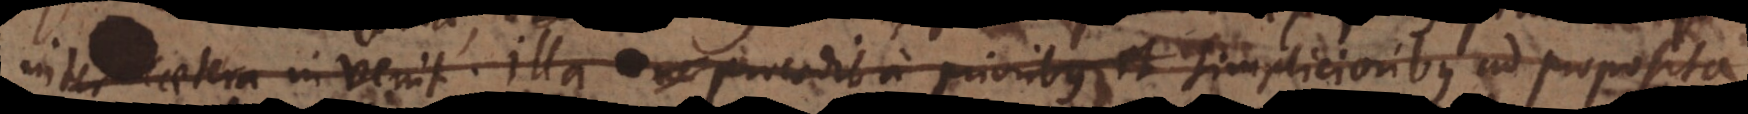
inter caetera invenit. Illa procedit a prioribus et simplicioribus ad proposita